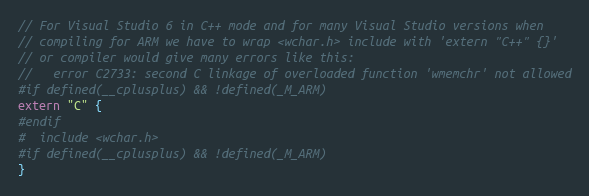
Language: C
// For Visual Studio 6 in C++ mode and for many Visual Studio versions when
// compiling for ARM we have to wrap <wchar.h> include with 'extern "C++" {}'
// or compiler would give many errors like this:
//   error C2733: second C linkage of overloaded function 'wmemchr' not allowed
#if defined(__cplusplus) && !defined(_M_ARM)
extern "C" {
#endif
#  include <wchar.h>
#if defined(__cplusplus) && !defined(_M_ARM)
}